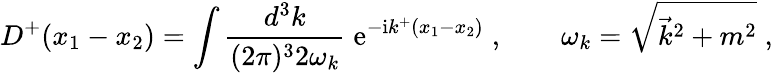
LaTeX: D^{+}(x_{1}-x_{2})=\int\frac{d^{3}k}{(2\pi)^{3}2\omega_{k}}\; \mathrm{e}^{-\mathrm{i}k^{+}(x_{1}-x_{2})}\; ,\qquad\omega_{k}=\sqrt{\vec{k}^{2}+m^{2}}\; ,